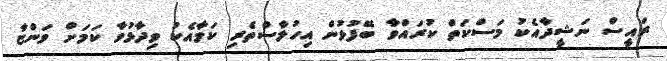
ރައީސް ނަޝީދާއެކު މަސްކަތް ކުރައްވާ ބޭފުޅުން އިހުލާސްތެރި ކަމާއެކު ވިދާޅުވާ ކަމަށް ވަންޏާ